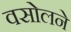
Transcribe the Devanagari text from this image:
वसोलने